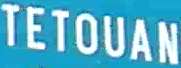
TETOUAN